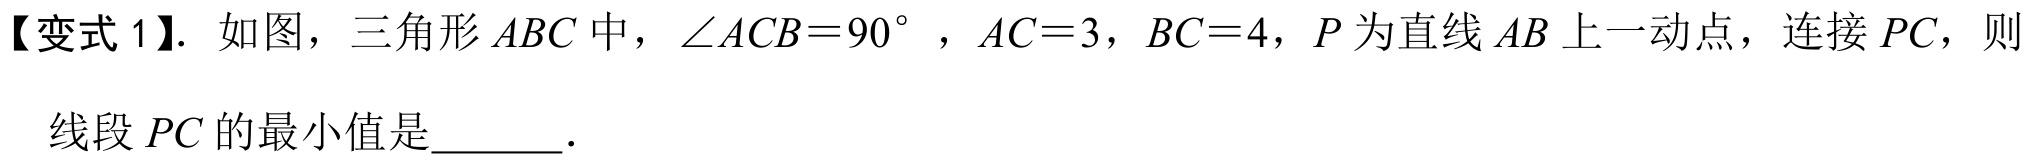
【变式1】. 如图，三角形 \(ABC\) 中，\(\angle ACB = 90^{\circ}\)，\(AC = 3\)，\(BC = 4\)，\(P\) 为直线 \(AB\) 上一动点，连接 \(PC\)，则
线段 \(PC\) 的最小值是  ．